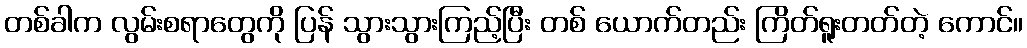
တစ်ခါက လွမ်းစရာတွေကို ပြန် သွားသွားကြည့်ပြီး တစ် ယောက်တည်း ကြိတ်ရူးတတ်တဲ့ ကောင်။